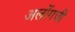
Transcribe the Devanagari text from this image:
अलोंगची